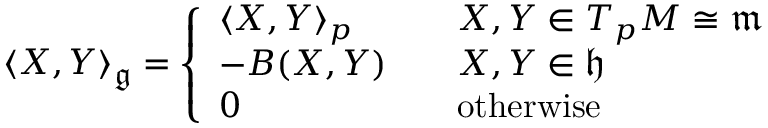
\langle X , Y \rangle _ { \mathfrak { g } } = { \left\{ \begin{array} { l l } { \langle X , Y \rangle _ { p } \quad } & { X , Y \in T _ { p } M \cong { \mathfrak { m } } } \\ { - B ( X , Y ) \quad } & { X , Y \in { \mathfrak { h } } } \\ { 0 } & { { \mathrm { o t h e r w i s e } } } \end{array} \right. }